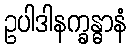
ဥပါဒါနက္ခန္ဓာနံ